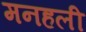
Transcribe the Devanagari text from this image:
मनहली